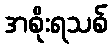
အစိုးရသစ်